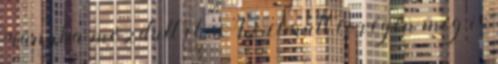
irányba mozdult el. Az elmúlt év végén meg is